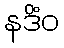
နဒိံဝ